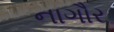
નાગૌર